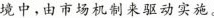
境中，由市场机制来驱动实施。